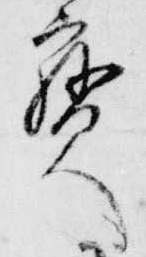
宝